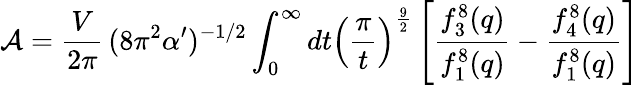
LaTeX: {\cal A}={\frac{V}{2\pi}}\, (8\pi^{2}\alpha^{\prime})^{-1/2}\int_{0}^{\infty}dt\left({\frac{\pi}{t}}\right)^{\frac{9}{2}}\left[{\frac{f_{3}^{8}(q)}{f_{1}^{8}(q)}}-{\frac{f_{4}^{8}(q)}{f_{1}^{8}(q)}}\right]